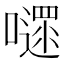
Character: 嚃